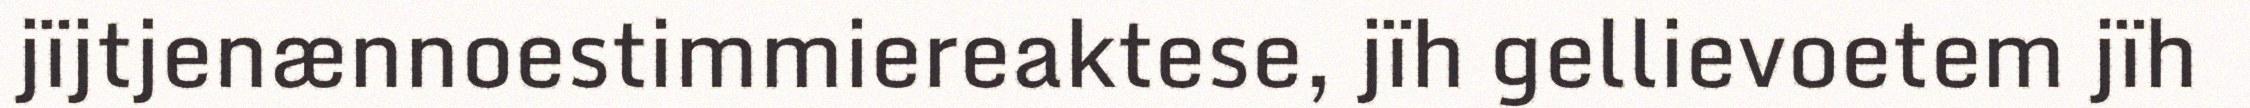
jïjtjenænnoestimmiereaktese, jïh gellievoetem jïh